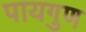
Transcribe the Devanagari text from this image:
पायगुण